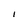
Character: l